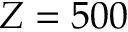
Z = 5 0 0